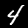
Label: 4